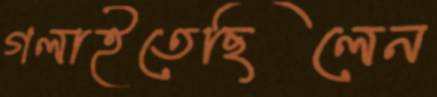
গলাইতেছিলেন